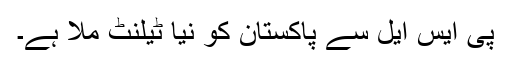
پی ایس ایل سے پاکستان کو نیا ٹیلنٹ ملا ہے۔